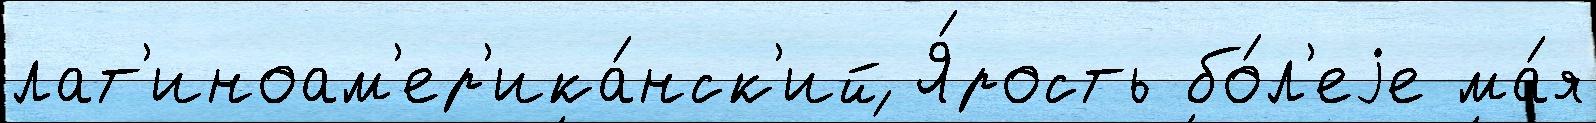
лат'иноам'ер'ика́нск'ий Я́рость бо́л'еjе ма́я